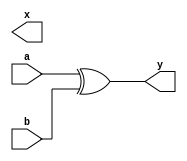
module xor1(input wire a,b,output wire x,y);
assign y = a^b;

endmodule